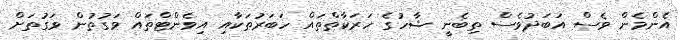
އެންމެން ވެސް އަބަދުވެސް ތިބެނީ ޝާހުގެ ހަރަކާތްތައް ހަބަރުތަކާއި އިވެންޓްތައް ވަގުތުން ވަގުތަށް